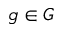
g \in G